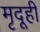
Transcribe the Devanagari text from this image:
मृदूही